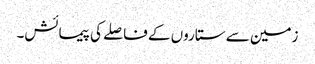
زمین سے ستاروں کے فاصلے کی پیمائش۔